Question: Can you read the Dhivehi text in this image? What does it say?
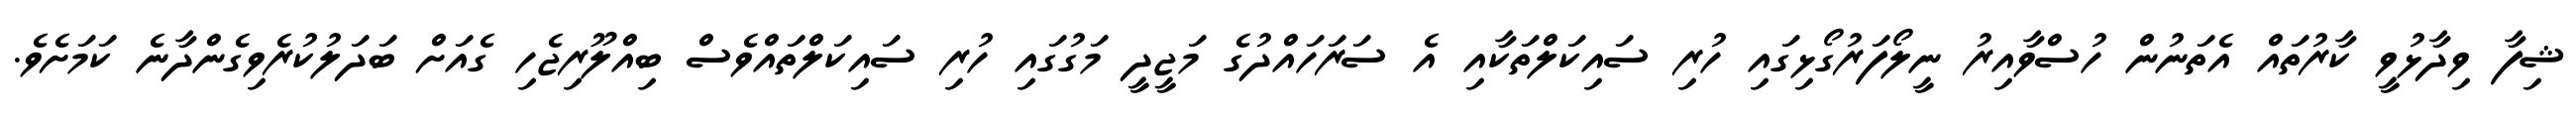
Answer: ޝިފާ ވިދާޅުވީ ކާރުތައް އެތަނުން ހުސްވާއިރު ނީލޯފަރުގޯޅިގައި ހުރި ސައިކަލްތަކާއި އެ ސަރަހައްދުގެ މަޖީދީ މަގުގައި ހުރި ސައިކަލްތައްވެސް ބިއްލޫރިޖެހި ގެއަށް ބަދަލުކުރެވިގެންދާނެ ކަމަށެވެ.